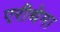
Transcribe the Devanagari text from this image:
एरीथेमा